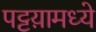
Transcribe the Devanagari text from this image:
पट्टय़ामध्ये